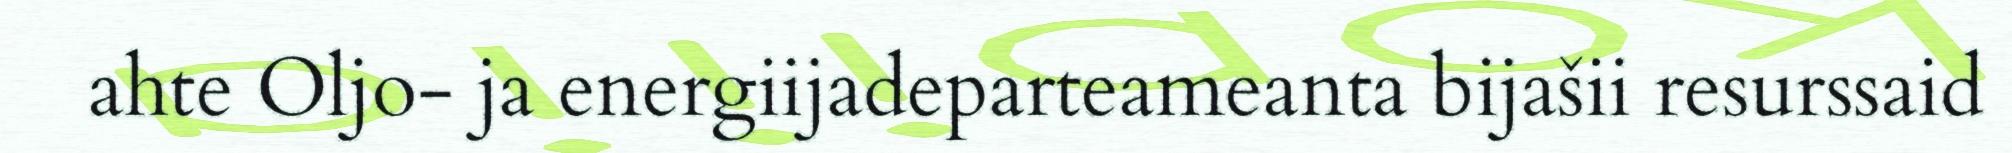
ahte Oljo- ja energiijadeparteameanta bijašii resurssaid